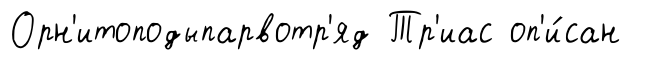
Орн'итоподыпарвотр'яд Тр'иас оп'и́сан